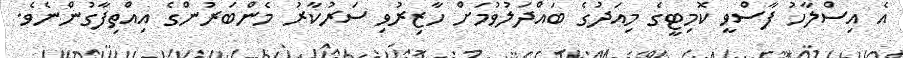
އެ އިސްލާހު ފާސްވީ ކޮމިޓީގެ މިއަދުގެ ބައްދަލުވުމަށް ހާޒިރުވި ސަރުކާރު މެންބަރުންގެ އިއްތިފާގުންނެވެ.